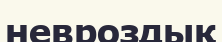
невроздық